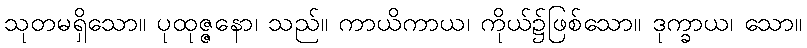
သုတမရှိသော။ ပုထုဇ္ဇနော၊ သည်။ ကာယိကာယ၊ ကိုယ်၌ဖြစ်သော။ ဒုက္ခာယ၊ သော။